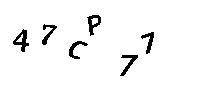
47CP77